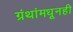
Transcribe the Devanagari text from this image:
ग्रंथांमधूनही